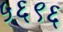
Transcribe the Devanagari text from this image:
५६९६